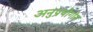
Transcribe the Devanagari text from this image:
अनुप्रयोगोन